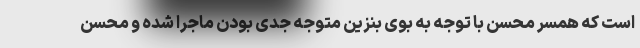
است که همسر محسن با توجه به بوی بنزین متوجه جدی بودن ماجرا شده و محسن